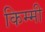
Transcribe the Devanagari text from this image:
किम्मी